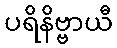
ပရိနိဗ္ဗာယီ